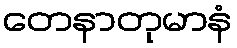
တေနာတုမာနံ